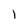
Character: 1